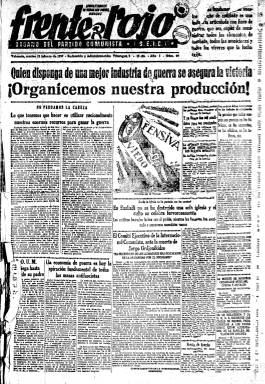
Título: Frente rojo
Colección: Guerra civil || Periódicos
Ámbito geográfico: Valencia
Lugar de publicación: Barcelona
Fechas: 23/02/1937-21/01/1939

Diario del Partido Comunista de España (PCE) editado como vespertino en Valencia desde el 21 de febrero al 20 de noviembre de 1937, y como matutino en Barcelona, desde el 24 de noviembre de ese año, hasta prácticamente cuando esta ciudad cae en manos de las tropas franquistas e italianas, el 26 de enero de 1939. El último número -619- de este título en la colección de la Biblioteca Nacional de España, corresponde al 21 de enero de ese año. Previamente, desde el 31 de julio de 1936 al 31 de enero de 1937, tanto esta organización política como el Partido Socialista Obrero Español (PSOE) habían editado como órgano de expresión conjunto el diario La Verdad en Valencia. A partir del dos de febrero de ese año, por su parte, el PSOE también empezaría a publicar en esta ciudad su propio diario: Adelante.

Ante la amenaza del ejército nacional de tomar Madrid, el gobierno de la República se había traslado el siete de noviembre de 1936 a Valencia, instalándose también aquí destacados dirigentes de las organizaciones afines al Frente Popular e intelectuales de izquierdas; y ante las dificultades de garantizar la distribución a nivel nacional del órgano de prensa del comité central del PCE –Mundo obrero (Madrid: 1930) –, su dirección y redactores habían terminado también residiendo en Valencia, desde donde publicarán este nuevo diario comunista: Frente rojo, que tendrá su redacción y administración en la calle Vilaragut, 5.

Será un periódico de tarde de gran formato, de cuatro páginas, que a veces aumenta hasta las seis, compuestas a siete columnas. En su cabecera va estampada “la hoz y el martillo” y el lema: ¡Proletarios de todos los países, uníos!, así como la indicación de ser “órgano” del Partido Comunista, Sección Española de la Internacional Comunista (S.E.I.C.). Entre a otros, se le atribuye su dirección al periodista de origen peruano, novelista y dramaturgo César Falcón Gárfias (1892-1970), a quien, a principios de 1936, junto al reportero de guerra Clemente Gutiérrez Cimorra (1900-1957) ya se le había encargado en Madrid la dirección de Mundo obrero. César Falcón estaba casado con Irene Lewy Rodríguez (1908-1999), conocida como Irene Falcón, que en ese momento era secretaria particular de Dolores Ibárruri –La Pasionaria– (1895-1989).

También se le atribuye su dirección al propio Cimorra, que durante ese año 1937 será autor en Frente rojo de una serie de reportajes bajo el epígrafe Los frentes de Madrid. Cimorra, que había sido secretario particular del líder del PCE, José Hernández Tomás (1907-1971), fue también editorialista de Mundo obrero y Frente rojo. Así mismo, se desplazaron a Valencia para formar parte de la redacción del nuevo periódico comunista, el redactor-jefe de Mundo obrero Jesús Izcaray Cebriano (1908-1979) y el también periodista y escritor Juan Rejano (1903-1976).

Además de editoriales, el diario publica noticias (algunas procedentes de la agencia Fabra) y artículos de política nacional e internacional; sobre el desarrollo bélico de los frentes de batalla, con una sección oficial de Partes de guerra; comunicados de las organizaciones políticas y sindicales, avisos o citaciones, especialmente del PCE y de la Internacional Comunista; información provincial y local procedente del Consejo Provincial del Frente Popular y del Consejo Municipal; los precios de los productos de consumo, noticias de deportes y teatros o una cartelera de espectáculos. Publica también reportajes en una sección bajo el epígrafe Vida del campo, que a veces lleva la firma de Asunción Espí; así como discursos de líderes comunistas. Inserta eslóganes de guerra y publicidad comercial.

Ante la amenaza del ejército nacional de ocupar Valencia, en octubre de 1937, se producirá una nueva evacuación, esta vez a Barcelona. Frente rojo publicó su última entrega en la ciudad del Turia –número 261- el veinte de noviembre, reapareciendo en la ciudad Condal el 24 del mismo mes –también, con el mismo número 261, pero continuando a partir de entonces su secuencia–, para lo que serán utilizados los locales y talleres del diario La Vanguardia (1881), incautado al comienzo de la guerra civil y en manos de la Generalidad de Cataluña. Aquí tendrá sus oficinas en la calle Trafalgar. A la misma vez, en Valencia, el PCE (S.E.I.C.) continuará publicando cada mañana el diario La Verdad, que había comenzado a editar de nuevo a partir del 28 de julio.

Izcaray siguió siendo subdirector o redactor-jefe durante su etapa barcelonesa, llegando a estar dirigido en esta ciudad por Mariano Perla (1914-), un entonces joven periodista madrileño que ya había trabajado anteriormente en Mundo obrero, como era el caso también de las dos únicas mujeres de su Redacción: la escritora Luisa Genoveva Carnés Caballero (1905-1964), autora de artículos de diverso contenido (de cultura y sobre la mujer, o de crítica de cine), a veces bajo el seudónimo Natalia Valle; y Celia Nistal, cuyo apellido aparece como firma de artículos de política internacional. Otros redactores o colaboradores de Frente rojo –y también de Mundo obrero- fueron el periodista liberal y poeta Eduardo de Ontañón Levantini (1904-1949), quien también dirigió en Valencia el diario comunista La Verdad; el escritor César Muñoz Arconada (1898-1964), o Margarita Nelken (1894-1968), que, además de crónicas, escribió una serie de artículos bajo el título Del front i de la reraguardia, colaborando también en Treball (1936), portavoz de los comunistas catalanes; así como el que fuera durante muchos años director de Mundo obrero, Antonio Mije García (1905-1976), que colabora tanto en La Verdad como en Frente rojo. Aparecen también en este diario artículos y textos de Ibárruri o Santiago Carrillo.

En Barcelona, Frente rojo modificó su formato y fue aumentando su número de páginas desde ocho hasta doce, compuestas a cinco columnas. Fue un periódico que insertó numerosos fotograbados de actualidad, muchos de ellos bajo la firma de Mayo. Se trata de la agencia de los Hermanos Mayo, un grupo de fotógrafos asociados, integrado por los tres hermanos Souza Fernández (Francisco, Cándido y Julio) y los dos hermanos Castillo Cubillo (Faustino y Pablo).
También publicará humor gráfico, siendo dos de sus más destacados ilustradores, el pintor Andrés Martínez de León (1895-1978), que también se había desplazado a Valencia durante la guerra, y Ramón Puyol Román (1907-1981), autor del célebre cartel "No pasarán", en el que se inspiraría la propia Dolores Ibárruri, y del mural de la República Española en la Exposición Internacional de París, de 1937.

Anteriormente a la guerra civil, el título Frente rojo había sido ya adoptado por un semanario editado por el PCE en Madrid para suplir la suspensión gubernamental de Mundo obrero, desde enero al 30 de noviembre de 1932, y similar formalmente a este, habiendo pasado a diario en ese mismo mes. Por su parte, tras estallar la guerra civil, el órgano oficial del partido comunista empezaría a imprimirse en los talleres del incautado diario católico El Debate (1910-1936), y a partir del 31 de mayo de 1937, el diario El Sol, también pasaría de ser “diario independiente fundado por D. Nicolás M. Urgoiti en 1917” a “diario de la mañana del Partido Comunista de España (S.E. de la I.C.)”, reiniciando su secuencia a partir de su número 6.185, y retomando la antigua desde el número 319, de 1938. Le ha sido también atribuido al comunista de origen peruano Eudocio Ravines (1897-1978), la dirección de Mundo obrero, así como la fundación de Frente rojo, en cuyo staff de redacción en Valencia, debió aparecer.